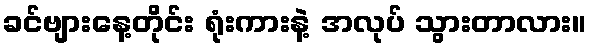
ခင်ဗျားနေ့တိုင်း ရုံးကားနဲ့ အလုပ် သွားတာလား။